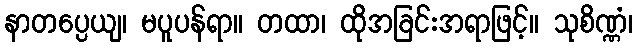
နာတပ္ပေယျ၊ မပူပန်ရာ။ တထာ၊ ထိုအခြင်းအရာဖြင့်။ သုစိဏ္ဏံ၊